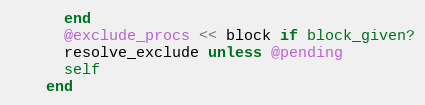
Language: Ruby
      end
      @exclude_procs << block if block_given?
      resolve_exclude unless @pending
      self
    end